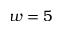
w = 5